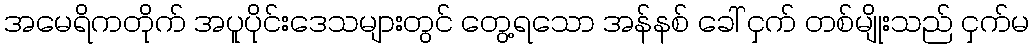
အမေရိကတိုက် အပူပိုင်းဒေသများတွင် တွေ့ရသော အန်နစ် ခေါ် ငှက် တစ်မျိုးသည် ငှက်မ